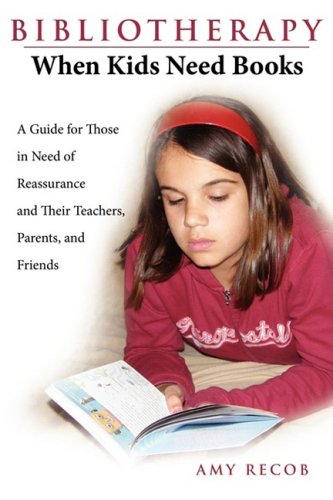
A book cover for Bibliotherapy: When Kids Need Books: A Guide for Those in Need of Reassurance and Their Teachers, Parents, and Friends; Amy Recob; Teen & Young Adult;